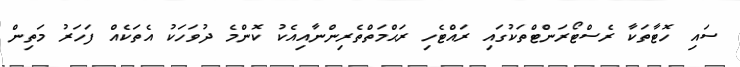
ސައި ހޮޓާތަކާ ރެސްޓޯރަންޓްތަކުގައި ރައްޓެހި ރަޙްމަތްތެރިންނާއިއެކު ކޮންމެ ދުވަހަކު އެތަކެއް ފަހަރު މަތިން